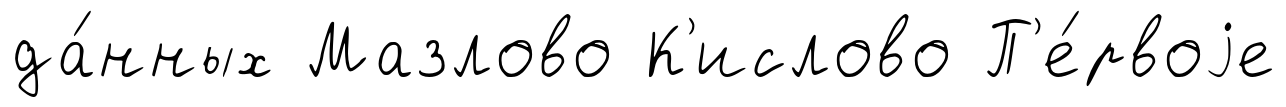
да́нных Мазлово К'ислово П'е́рвоjе